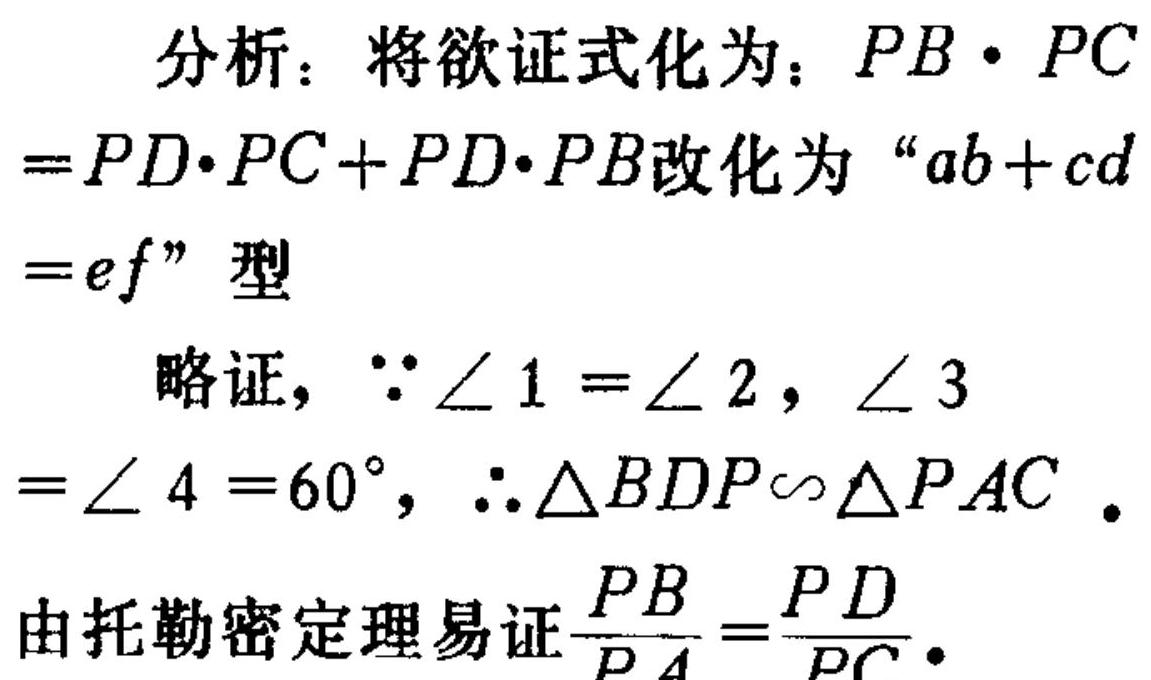
分析：将欲证式化为：\(PB\cdot PC = PD\cdot PC+PD\cdot PB\)改化为“\(ab + cd=ef\)”型
略证，\(\because\angle1=\angle2\)，\(\angle3=\angle4 = 60^{\circ}\)，\(\therefore\triangle BDP\sim\triangle PAC\)。
由托勒密定理易证\(\frac{PB}{PA}=\frac{PD}{PC}\)。